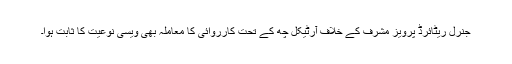
جنرل ریٹائرڈ پرویز مشرف کے خلاف آرٹیکل چھ کے تحت کارروائی کا معاملہ بھی ویسی نوعیت کا ثابت ہوا۔